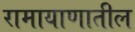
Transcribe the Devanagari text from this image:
रामायाणातील